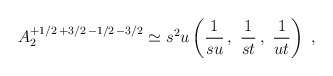
\begin{align*}A_2^{+1/2\,+3/2\,-1/2\,-3/2} \simeq s^2u \left(\frac{1}{su}\,,\ \frac{1}{st}\,,\ \frac{1}{ut}\right)\ ,\end{align*}